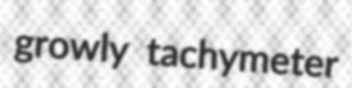
growly tachymeter